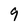
Character: 9